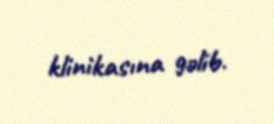
klinikasına gəlib.